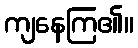
ကျနေကြ၏။